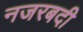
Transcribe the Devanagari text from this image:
नजरबदी